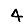
Digit: 4